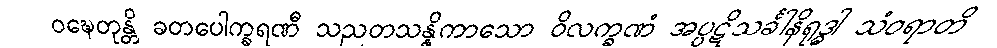
ဝဍ္ဎေတုန္တိ ခတပေါက္ခရဏီ သညတသန္နိကာသော ဝိလက္ခဏံ အပ္ပဋိသင်္ခါနိရုဒ္ဓါ သံဝရာတိ